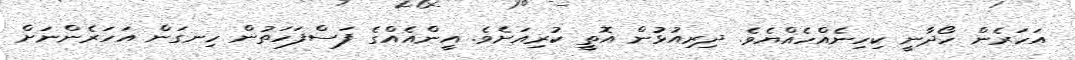
އަހަރެން ހޯދާނީ ކިހިނެއްހެއްޔެވެ. ދިރިއުޅުން އޮތީ ކުރިއަށެވެ. އީންއެއްގެ ފަސްފަހަތުން ހިނގަން އަހަރެންނަށް